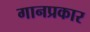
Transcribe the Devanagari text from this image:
गानप्रकार